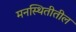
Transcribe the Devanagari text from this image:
मनस्थितीतील